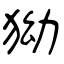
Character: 狕